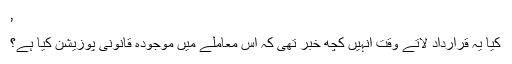
’
کیا یہ قرارداد لاتے وقت انہیں کچھ خبر تھی کہ اس معاملے میں موجودہ قانونی پوزیشن کیا ہے؟